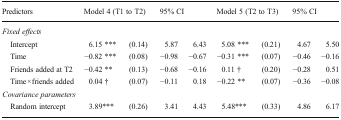
| Predictors | <COLSPAN=2> Model 4 (T1 to T2) | <COLSPAN=2> 95% CI | <COLSPAN=2> Model 5 (T2 to T3) | <COLSPAN=2> 95% CI |
 | --- | --- | --- | --- | --- | --- | --- | --- | --- |
 | <COLSPAN=9> Fixed effects |
 | Intercept | 6.15 *** | (0.14) | 5.87 | 6.43 | 5.08 *** | (0.21) | 4.67 | 5.50 |
 | Time | −0.82 *** | (0.08) | −0.98 | −0.67 | −0.31 *** | (0.07) | −0.46 | −0.16 |
 | Friends added at T2 | −0.42 ** | (0.13) | −0.68 | −0.16 | 0.11 † | (0.20) | −0.28 | 0.51 |
 | Time × friends added | 0.04 † | (0.07) | −0.11 | 0.18 | −0.22 ** | (0.07) | −0.36 | −0.08 |
 | <COLSPAN=9> Covariance parameters |
 | Random intercept | 3.89*** | (0.26) | 3.41 | 4.43 | 5.48*** | (0.33) | 4.86 | 6.17 |